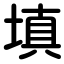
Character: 填